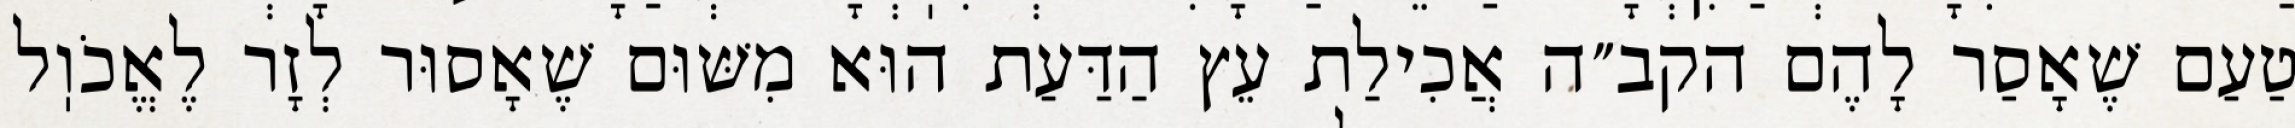
טַעַם שֶׁאָסַר לָהֶם הקב״ה אֲכִילַת עֵץ הַדַּעַת הוּא מִשּׁוּם שֶׁאָסוּר לְזָר לֶאֱכֹוֽל